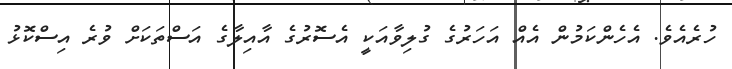
ހުރެއެވެ. އެހެންކަމުން އެއް އަހަރުގެ ގުލިވާއަކީ އެސޮރުގެ އާއިލާގެ އަސްތަކަށް ވުރެ އިސްކޮޅު